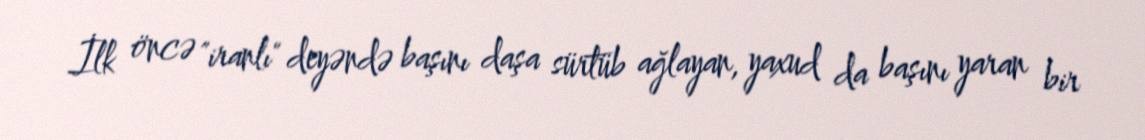
İlk öncə "iranlı" deyəndə başını daşa sürtüb ağlayan, yaxud da başını yaran bir